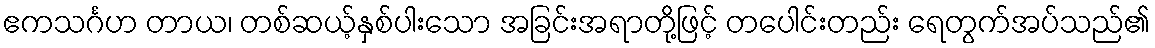
ဧကသင်္ဂဟ တာယ၊ တစ်ဆယ့်နှစ်ပါးသော အခြင်းအရာတို့ဖြင့် တပေါင်းတည်း ရေတွက်အပ်သည်၏